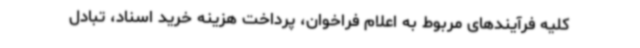
کلیه فرآیندهای مربوط به اعلام فراخوان، پرداخت هزینه خرید اسناد، تبادل